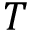
T